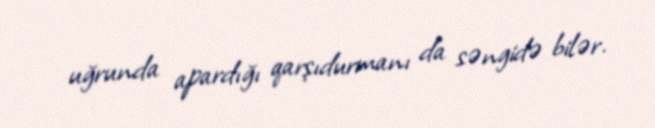
uğrunda apardığı qarşıdurmanı da səngidə bilər.